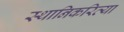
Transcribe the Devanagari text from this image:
स्थानिकरित्या